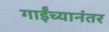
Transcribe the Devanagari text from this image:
गाईंच्यानंतर